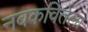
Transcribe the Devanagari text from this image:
नवकवितेला